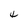
Character: 4